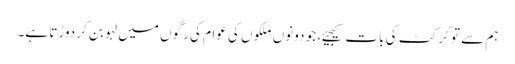
ہم سے تو کرکٹ کی بات کیجیئے، جو دونوں ملکوں کی عوام کی رگوں میں لہو بن کر دوڑتا ہے۔